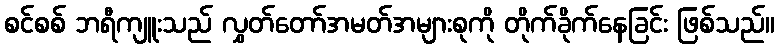
စင်စစ် ဘရီကျူးသည် လွှတ်တော်အမတ်အများစုကို တိုက်ခိုက်နေခြင်း ဖြစ်သည်။